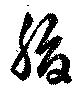
脂